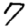
Digit: 7